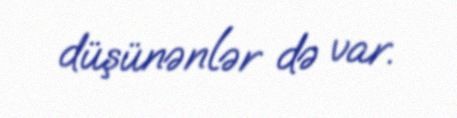
düşünənlər də var.